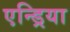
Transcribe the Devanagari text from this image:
एन्ड्रिया